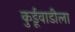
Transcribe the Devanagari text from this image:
कुर्डूवाडीला